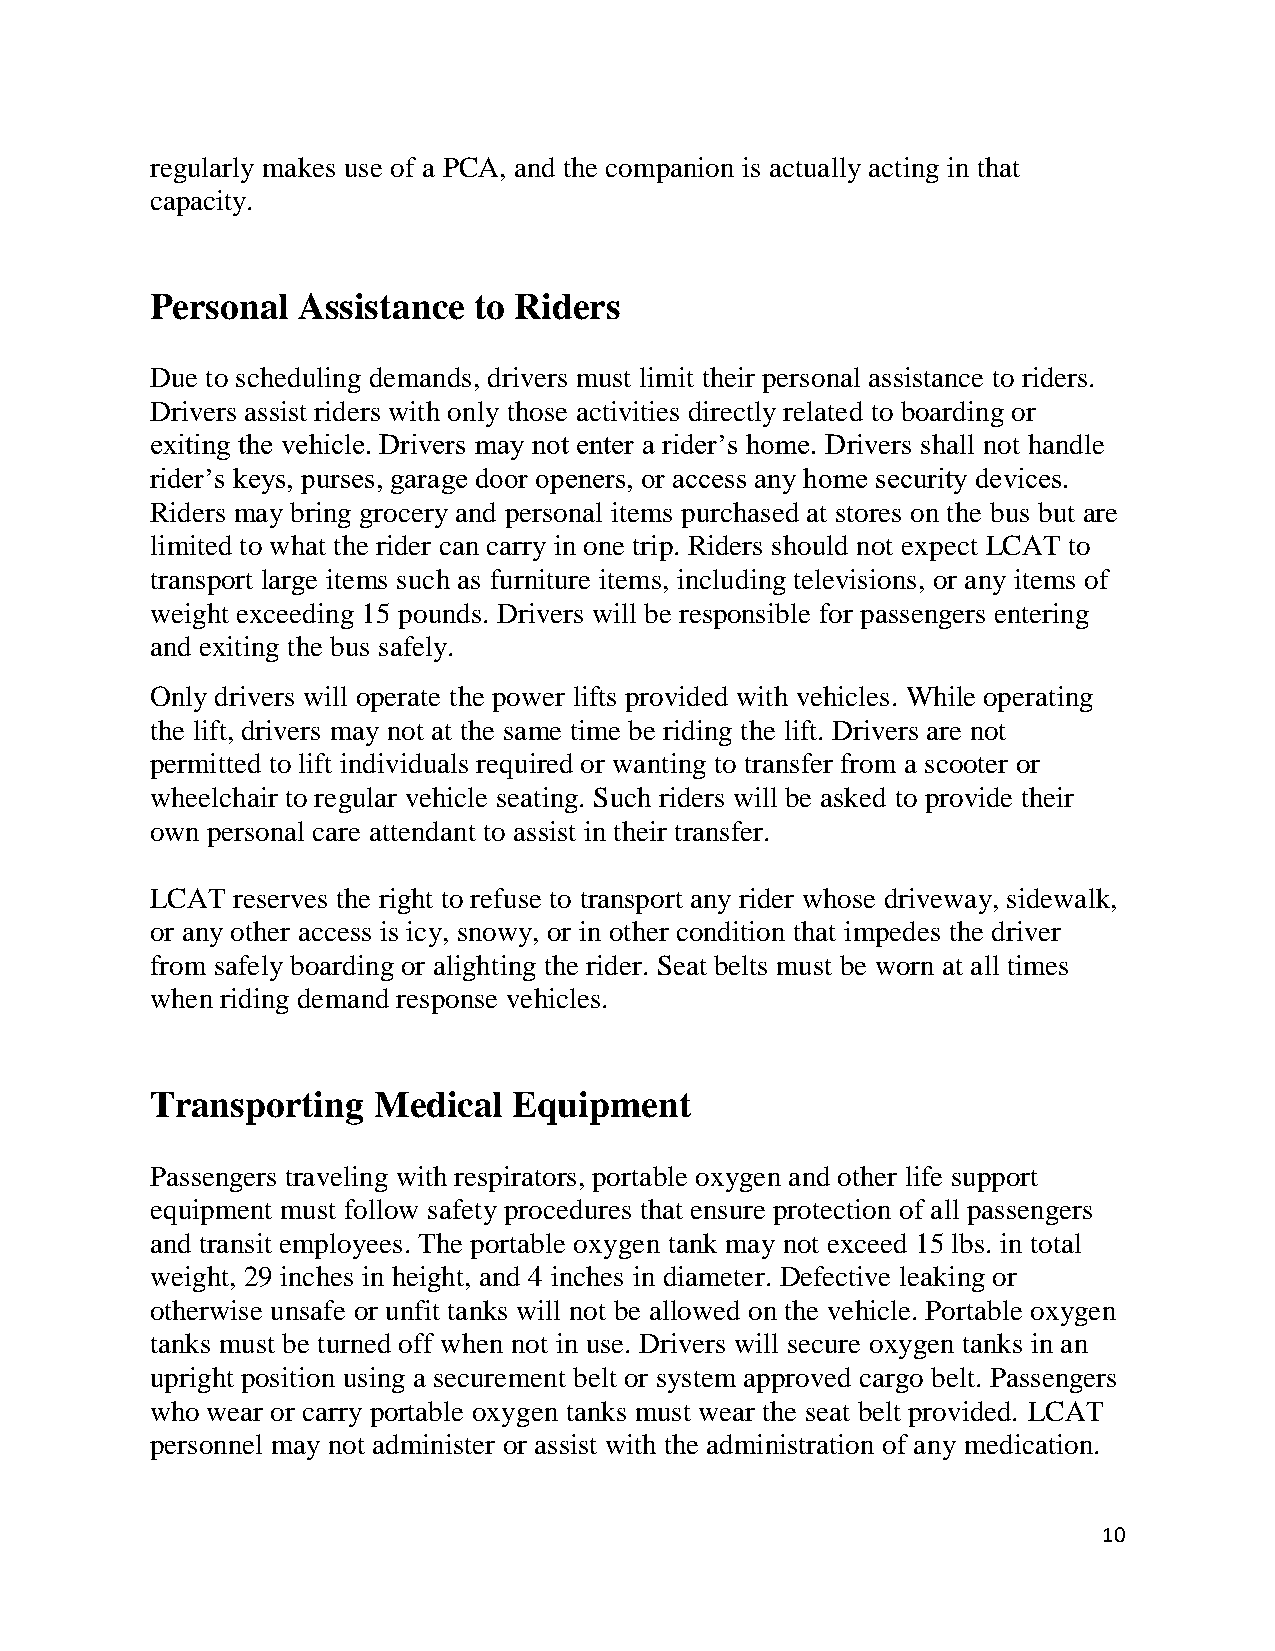
regularly makes use of a PCA, and the companion is actually acting in that
 capacity.
 Personal  Assistance to Riders
 Due to scheduling demands, drivers must limit their personal assistance to riders.
 Drivers assist riders with only those activities directly related to boarding or
 exiting the vehicle. Drivers may not enter a rider’s home. Drivers shall not handle
 rider’s keys, purses, garage door openers, or access any home security devices.
 Riders may bring grocery and personal items purchased at stores on the bus but are
 limited to what the rider can carry in one trip. Riders should not expect LCAT to
 transport large items such as furniture items, including televisions, or any items of
 weight exceeding 15 pounds. Drivers will be responsible for passengers entering
 and exiting the bus safely.
 Only drivers will operate the power lifts provided with vehicles. While operating
 the lift, drivers may not at the same time be riding the lift. Drivers are not
 permitted to lift individuals required or wanting to transfer from a scooter or
 wheelchair to regular vehicle seating. Such riders will be asked to provide their
 own personal care attendant to assist in their transfer.
 LCAT reserves the right to refuse to transport any rider whose driveway, sidewalk,
 or any other access is icy, snowy, or in other condition that impedes the driver
 from safely boarding or alighting the rider. Seat belts must be worn at all times
 when riding demand response vehicles.
 Transporting   Medical  Equipment
 Passengers traveling with respirators, portable oxygen and other life support
 equipment must follow safety procedures that ensure protection of all passengers
 and transit employees. The portable oxygen tank may not exceed 15 lbs. in total
 weight, 29 inches in height, and 4 inches in diameter. Defective leaking or
 otherwise unsafe or unfit tanks will not be allowed on the vehicle. Portable oxygen
 tanks must be turned off when not in use. Drivers will secure oxygen tanks in an
 upright position using a securement belt or system approved cargo belt. Passengers
 who wear or carry portable oxygen tanks must wear the seat belt provided. LCAT
 personnel may not administer or assist with the administration of any medication.
 10